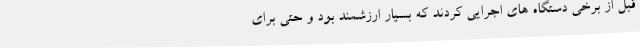
قبل از برخی دستگاه های اجرایی کردند که بسیار ارزشمند بود و حتی برای